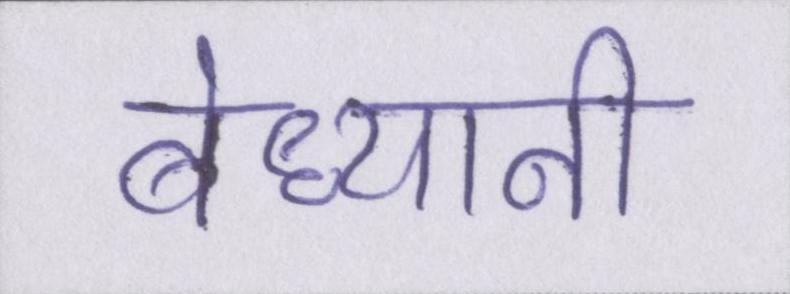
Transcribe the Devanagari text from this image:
बेध्यानी